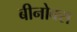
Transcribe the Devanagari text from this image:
बीनोक्स